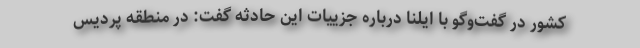
کشور در گفت‌وگو با ایلنا درباره جزییات این حادثه گفت: در منطقه پردیس